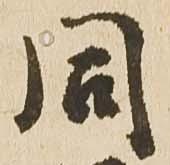
同